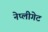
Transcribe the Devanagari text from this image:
नेप्लीगेट